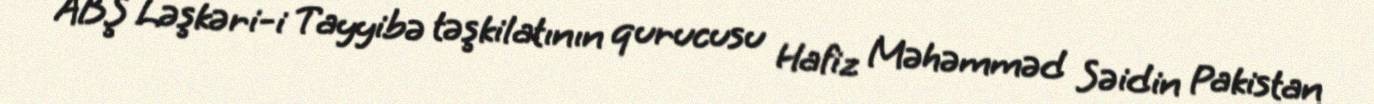
ABŞ Ləşkəri-i Tayyibə təşkilatının qurucusu Hafiz Məhəmməd Səidin Pakistan